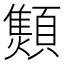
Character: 𱂝